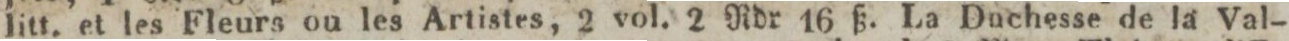
litt. et les Fleurs ou les Artistes, 2 vol. 2 Rdr 16 ß. La Duchesse de la Val-